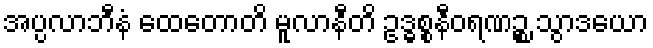
အပ္ပလာဘီနံ ထေတောတိ မူလာနီတိ ဥဒ္ဓစ္စနီဝရဏဉ္စ သွာဒယော